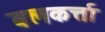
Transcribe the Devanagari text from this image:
बलकर्त्ता